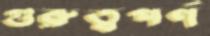
গুরুত্বপর্ণ